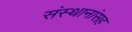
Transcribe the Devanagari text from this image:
संस्थानांसह